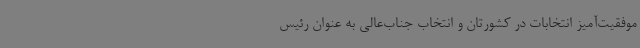
موفقیت‌آمیز انتخابات در کشورتان و انتخاب جناب‌عالی به عنوان رئیس